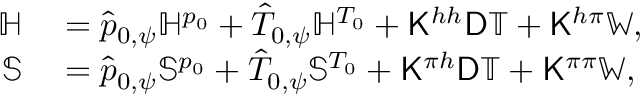
\begin{array} { r l } { \mathbb { H } } & { { } = \hat { p } _ { 0 , \psi } \mathbb { H } ^ { p _ { 0 } } + \hat { T } _ { 0 , \psi } \mathbb { H } ^ { T _ { 0 } } + \mathsf { K } ^ { h h } \mathsf { D } \mathbb { T } + \mathsf { K } ^ { h \pi } \mathbb { W } , } \\ { \mathbb { S } } & { { } = \hat { p } _ { 0 , \psi } \mathbb { S } ^ { p _ { 0 } } + \hat { T } _ { 0 , \psi } \mathbb { S } ^ { T _ { 0 } } + \mathsf { K } ^ { \pi h } \mathsf { D } \mathbb { T } + \mathsf { K } ^ { \pi \pi } \mathbb { W } , } \end{array}